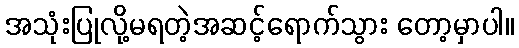
အသုံးပြုလို့မရတဲ့အဆင့်ရောက်သွား တော့မှာပါ။